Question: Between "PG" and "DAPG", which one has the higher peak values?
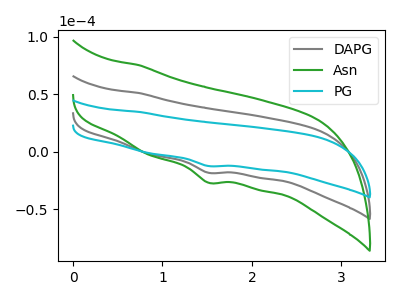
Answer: <think>The gray curve "DAPG" has a cathodic peak at: (1.50V, -18.20uA). The green curve "Asn" has a cathodic peak at: (1.50V, -36.40uA). The cyan curve "PG" has a cathodic peak at: (1.50V, -12.35uA).</think>
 <answer>Every peak in "PG" is lower than every peak in "DAPG".</answer>
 <eval>lower</eval>